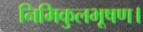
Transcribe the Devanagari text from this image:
निमिकुलभूषण।